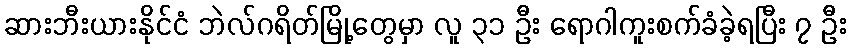
ဆားဘီးယားနိုင်ငံ ဘဲလ်ဂရိတ်မြို့တွေမှာ လူ ၃၁ ဦး ရောဂါကူးစက်ခံခဲ့ရပြီး ၇ ဦး